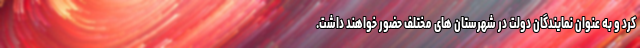
کرد و به عنوان نمایندگان دولت در شهرستان های مختلف حضور خواهند داشت.